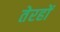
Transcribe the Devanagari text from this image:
तेरहों